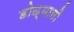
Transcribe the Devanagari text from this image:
डोळ्यानी